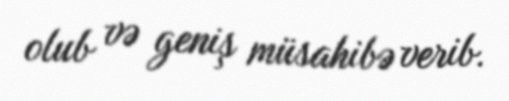
olub və geniş müsahibə verib.